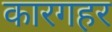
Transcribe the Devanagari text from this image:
कारगहर